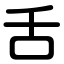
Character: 舌